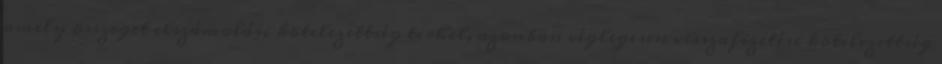
amely összeget elszámolási kötelezettség terhel, azonban véglegesen visszafizetési kötelezettség